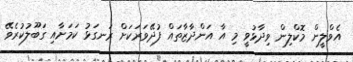
އެވްލީން މޮކްލިން ވިދާޅުވީ މި އާ އަންދާޒާތައް ފުދޭވަރަކަށް ރަނގަޅު ކަމަށާއި ގަބޫލުކުރެވޭ